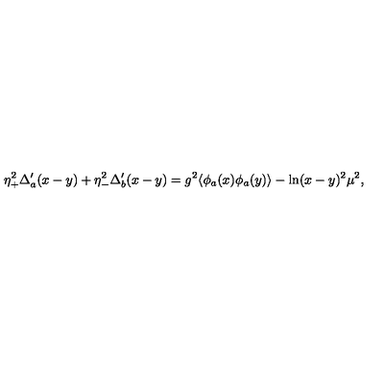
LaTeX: \eta _ { + } ^ { 2 } \Delta _ { a } ^ { \prime } ( x - y ) + \eta _ { - } ^ { 2 } \Delta _ { b } ^ { \prime } ( x - y ) = g ^ { 2 } \langle \phi _ { a } ( x ) \phi _ { a } ( y ) \rangle - \ln ( x - y ) ^ { 2 } \mu ^ { 2 } ,